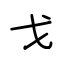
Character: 戈